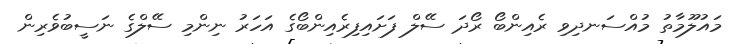
މައުލޫމާތު މުއްސަނދިވި ރެއިންބޯ ރޯދަ ސޭލް ފަށައިފިރެއިންބޯގެ އަހަރު ނިންމި ސޭލްގެ ނަސީބުވެރިން